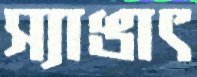
স্যাঙাৎ